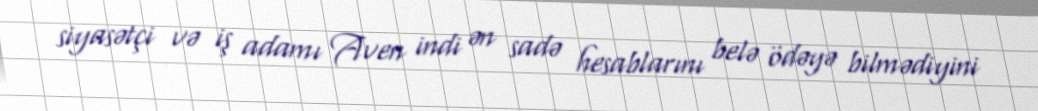
siyasətçi və iş adamı Aven indi ən sadə hesablarını belə ödəyə bilmədiyini